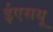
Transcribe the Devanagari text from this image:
ईएसयू